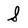
Character: S